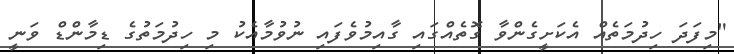
"މިފަދަ ހިދުމަތެއް އެކަށީގެންވާ ގޮތެއްގައި ގާއިމުވެފައި ނުވުމާއެކު މި ހިދުމަތުގެ ޑިމާންޑް ވަނީ